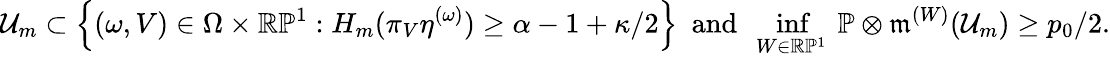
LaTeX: \mathcal{U}_{m}\subset\left\{ \left(\omega,V\right)\in\Omega\times\mathbb R\mathbb P^{1}:H_{m}(\pi_{V}\eta^{(\omega)})\geq\alpha-1+\kappa/2\right\} \ \mathrm{~and~}\ \operatorname*{inf}_{W\in\mathbb R\mathbb P^{1}}\ \mathbb P\otimes\mathfrak{m}^{(W)}(\mathcal{U}_{m})\geq p_{0}/2.